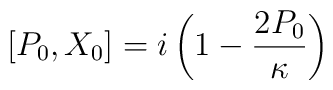
[P_0, X_0] = i\left(1 - \frac{2P_0}\kappa \right)